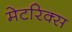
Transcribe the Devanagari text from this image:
मेटरिक्स